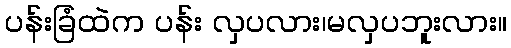
ပန်းခြံထဲက ပန်း လှပလား၊မလှပဘူးလား။